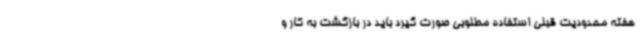
هفته محدودیت قبلی استفاده مطلوبی صورت گیرد باید در بازگشت به کار و